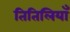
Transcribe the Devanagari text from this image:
तितिलियाँ